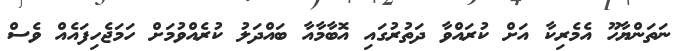
ނަތަންޔާހޫ އެމެރިކާ އަށް ކުރައްވާ ދަތުރުގައި އޮބާމާއާ ބައްދަލު ކުރެއްވުމަށް ހަމަޖެހިފައެއް ވެސް